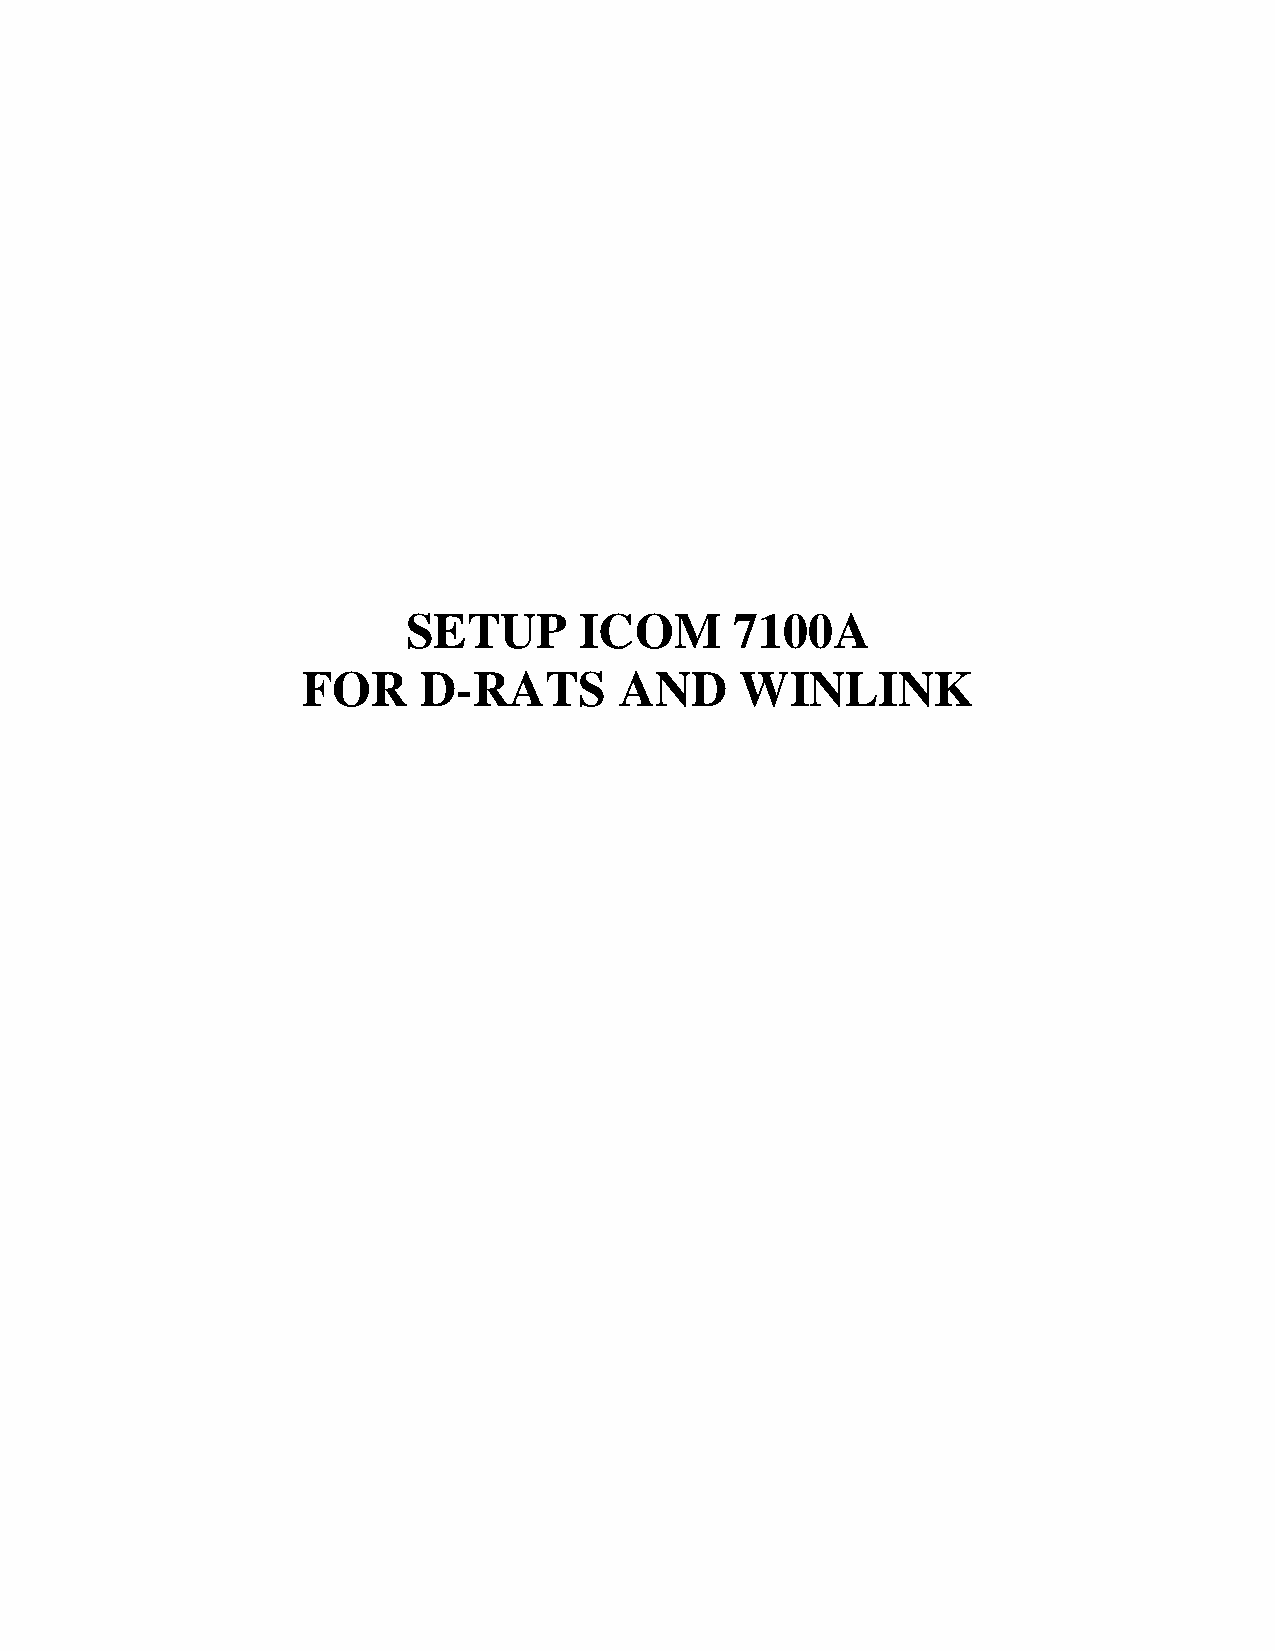
SETUP      ICOM       7100A
 FOR     D-RATS       AND     WINLINK